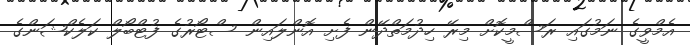
އެމްވީގެ ނަމުގައި ރަސްމީކޮށް މިރޭ ހިދުމަތްދޭން ފެށި އޮންލައިން ސްޓޯރުގެ ފުޓްބޯލް ކަލެކްޝަންގެ